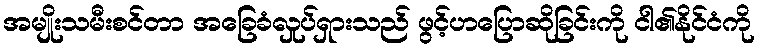
အမျိုးသမီးစင်တာ အခြေခံလှုပ်ရှားသည် ဖွင့်ဟပြောဆိုခြင်းကို ငါ၏နိုင်ငံကို